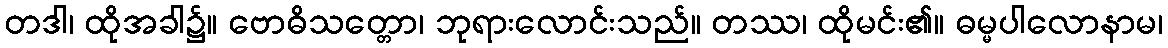
တဒါ၊ ထိုအခါ၌။ ဗောဓိသတ္တော၊ ဘုရားလောင်းသည်။ တဿ၊ ထိုမင်း၏။ ဓမ္မပါလောနာမ၊